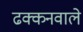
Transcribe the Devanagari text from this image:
ढक्कनवाले